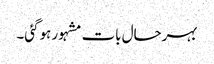
بہرحال بات مشہور ہوگئی۔